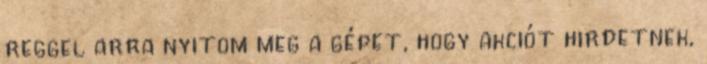
reggel arra nyitom meg a gépet, hogy akciót hirdetnek,